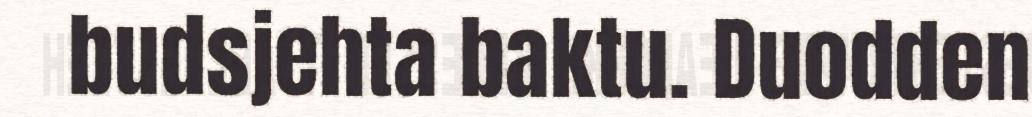
budsjehta baktu. Duodden